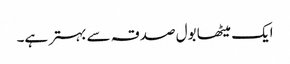
ایک میٹھا بول صدقہ سے بہتر ہے۔